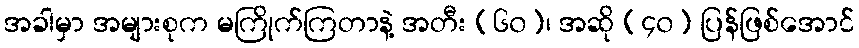
အခါမှာ အများစုက မကြိုက်ကြတာနဲ့ အတီး (၆၀)၊ အဆို (၄၀) ပြန်ဖြစ်အောင်